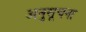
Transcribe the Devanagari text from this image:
अनुसूचना